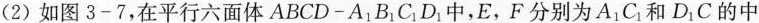
（2）如图3-7，在平行六面体ABCD-A_{1}B_{1}C_{1}D_{1}中，E，F分别为A_{1}C_{1}和D_{1}C的中